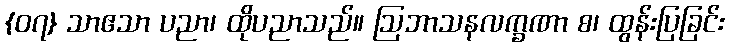
{၀၇} သာဧသာ ပညာ၊ ထိုပညာသည်။ ဩဘာသနလက္ခဏာ စ၊ ထွန်းပြခြင်း